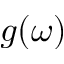
g ( \omega )